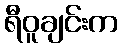
ရီဝူချင်းက